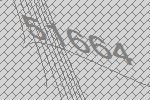
51664